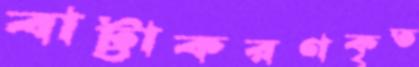
বাট্টাকরণকৃত